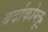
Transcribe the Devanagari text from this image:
बर्दाकोग्लू